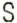
S